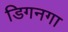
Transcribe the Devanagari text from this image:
डिगनगा